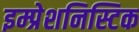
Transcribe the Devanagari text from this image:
इम्प्रेशनिस्टिक